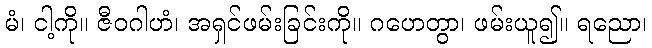
မံ၊ ငါ့ကို။ ဇီဝဂါဟံ၊ အရှင်ဖမ်းခြင်းကို။ ဂဟေတွာ၊ ဖမ်းယူ၍။ ရညော၊